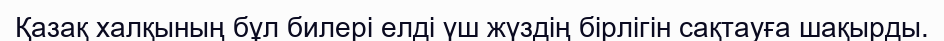
Қазақ халқының бұл билері елді үш жүздің бірлігін сақтауға шақырды.